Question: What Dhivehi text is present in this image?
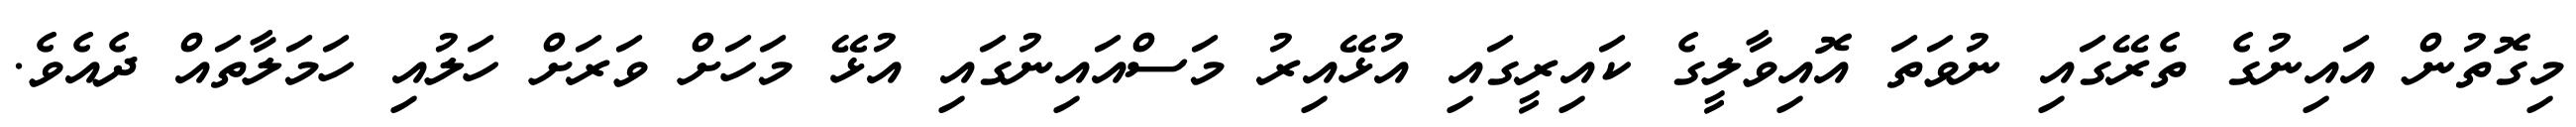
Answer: މިގޮތުން އައިނުގެ ތެރޭގައި ނުވަތަ އޮއިވާލީގެ ކައިރީގައި އުޅޭއިރު މަސްއައިނުގައި އުޅޭ މަހަށް ވަރަށް ހަލުއި ހަމަލާތައް ދެއެވެ.